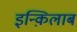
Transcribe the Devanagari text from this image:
इन्क़िलाब